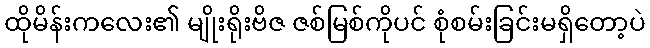
ထိုမိန်းကလေး၏ မျိုးရိုးဗိဇ ဇစ်မြစ်ကိုပင် စုံစမ်းခြင်းမရှိတော့ပဲ